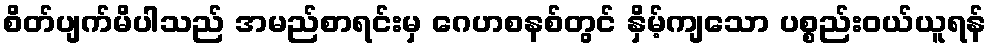
စိတ်ပျက်မိပါသည် အမည်စာရင်းမှ ဂေဟစနစ်တွင် နှိမ့်ကျသော ပစ္စည်းဝယ်ယူရန်